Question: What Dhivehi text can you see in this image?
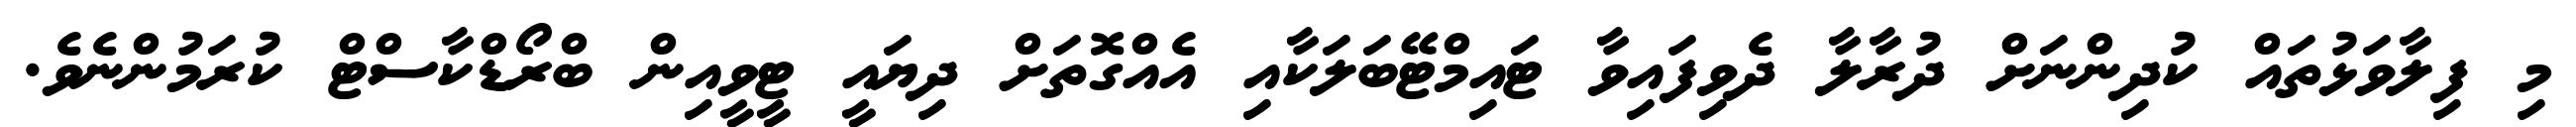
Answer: މި ފިލާވަޅުތައް ކުދިންނަށް ދުރާލާ ދެވިފައިވާ ޓައިމްޓޭބަލަކާއި އެއްގޮތަށް ދިޔައީ ޓީވީއިން ބްރޯޑްކާސްޓް ކުރަމުންނެވެ.